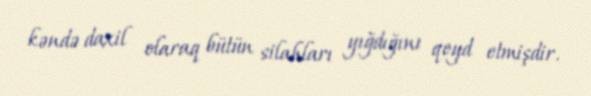
kəndə daxil olaraq bütün silahları yığdığını qeyd etmişdir.